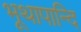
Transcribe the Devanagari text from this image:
भूथापान्दि